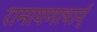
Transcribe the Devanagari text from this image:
रामायणाचार्य्